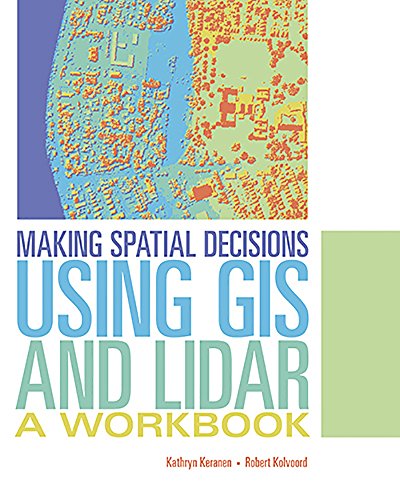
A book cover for Making Spatial Decisions Using GIS and Lidar: A Workbook; Kathryn Keranen; Engineering & Transportation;